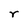
Character: r